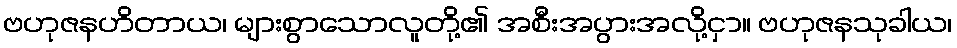
ဗဟုဇနဟိတာယ၊ များစွာသောလူတို့၏ အစီးအပွားအလို့ငှာ။ ဗဟုဇနသုခါယ၊